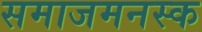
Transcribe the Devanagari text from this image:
समाजमनस्क